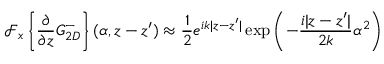
\mathcal { F } _ { x } \left\{ \frac { \partial } { \partial z } G _ { 2 D } ^ { - } \right\} ( \alpha , z - z ^ { \prime } ) \approx \frac { 1 } { 2 } e ^ { i k | z - z ^ { \prime } | } \exp \left( - \frac { i | z - z ^ { \prime } | } { 2 k } \alpha ^ { 2 } \right)